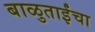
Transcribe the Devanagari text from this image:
बाळुताईंचा